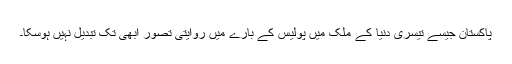
پاکستان جیسے تیسری دنیا کے ملک میں پولیس کے بارے میں روایتی تصور ابھی تک تبدیل نہیں ہوسکا۔